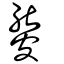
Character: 𥀍